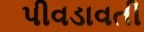
પીવડાવતી